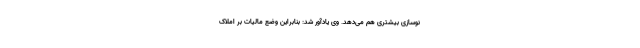
نوسازی بیشتری هم می‌دهد. وی یادآور شد: بنابراین وضع مالیات بر املاک